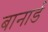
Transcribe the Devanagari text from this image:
बानार्ड